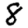
Digit: 8